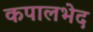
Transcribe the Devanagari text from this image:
कपालभेद